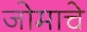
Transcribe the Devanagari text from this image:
जोमाचे